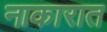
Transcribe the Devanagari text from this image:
नाकारात